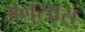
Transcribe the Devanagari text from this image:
अनुसारा